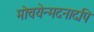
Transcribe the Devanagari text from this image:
मोचयेन्मदनादपि